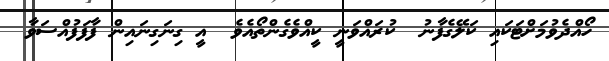
ހޯއްދެވުމަށްޓަކައި ކަލޭގެފާނު  ކުރައްވަނީ ކީއްވެގެންތޯއެވެ  އީ ގިނަގިނައިން ފާފަފުއްސަވާ